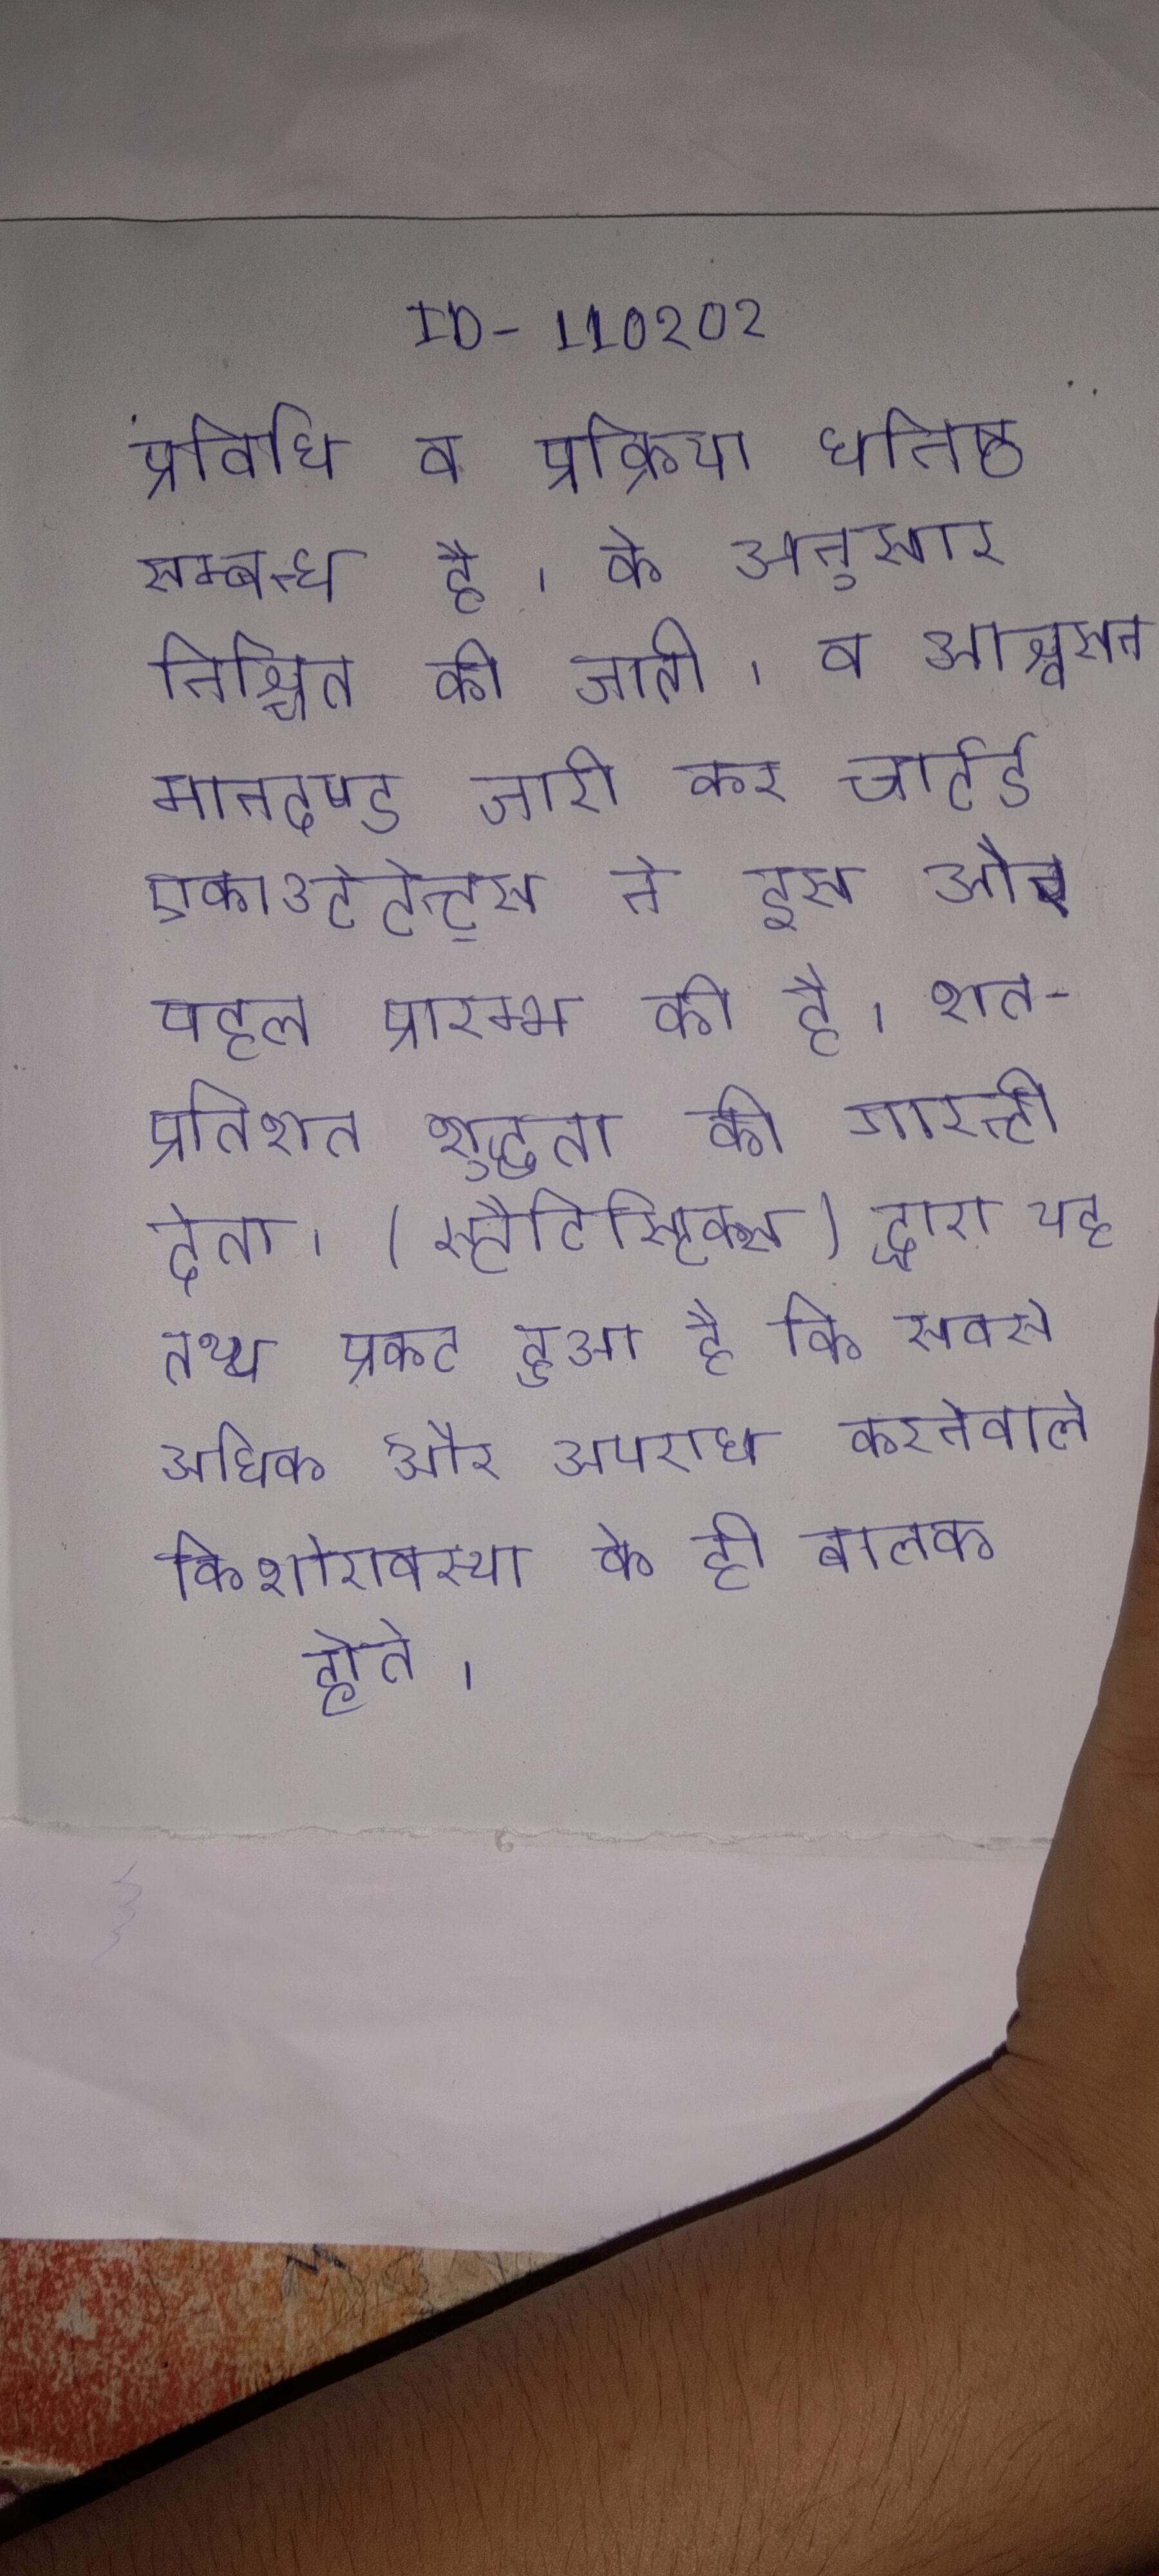
प्रविधि व प्रक्रिया घनिष्ठ सम्बन्ध है । के अनुसार निश्चित की जाती । व आश्वासन मानदण्ड जारी कर चार्टर्ड एकाउटेन्ट्स ने इस और पहल प्रारम्भ की है । शत-प्रतिशत शुद्धता की गारन्टी देता । (स्टैटिस्टिक्स) द्वारा यह तथ्य प्रकट हुआ है कि सबसे अधिक और अपराध करनेवाले किशोरावस्था के ही बालक होते ।